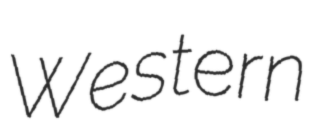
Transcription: Western